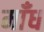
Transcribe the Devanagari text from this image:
माँध